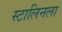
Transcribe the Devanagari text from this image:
स्टालिनला